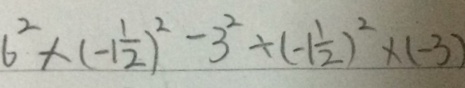
6 ^ { 2 } \times ( - 1 \frac { 1 } { 2 } ) ^ { 2 } - 3 ^ { 2 } \times ( - 1 \frac { 1 } { 2 } ) ^ { 2 } \times ( - 3 )